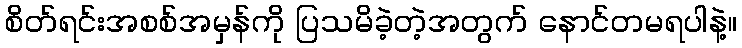
စိတ်ရင်းအစစ်အမှန်ကို ပြသမိခဲ့တဲ့အတွက် နောင်တမရပါနဲ့။